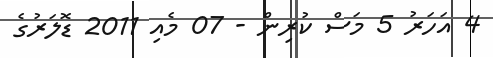
4 އަހަރު 5 މަސް ކުރިން - 07 މެއި 2011 ޑޮލަރުގެ